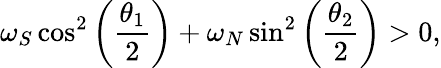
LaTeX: \omega_{S}\cos^{2}\left(\frac{\theta_{1}}{2}\right)+\omega_{N}\sin^{2}\left(\frac{\theta_{2}}{2}\right)>0,